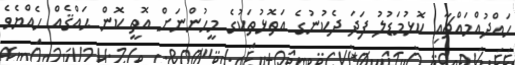
ހައްދުއްމައްޗާއި ކޮޅުމަޑުލު ފަދަ ދެކުނުގެ އަތޮޅުތަކުގެ މީހުންނަށް އޮތީ ކޮން ޙައްޤެއް ހެއްޔެވެ